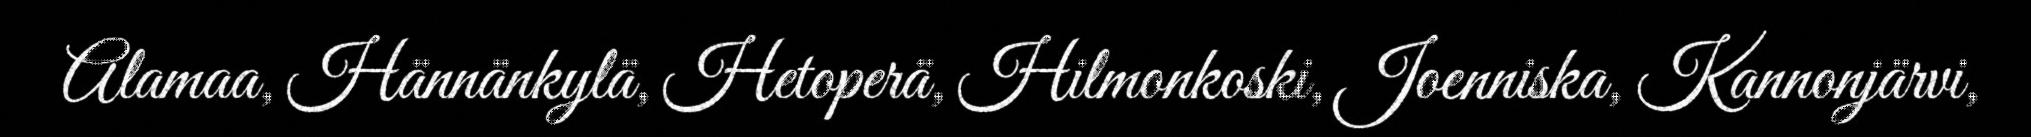
Alamaa, Hännänkylä, Hetoperä, Hilmonkoski, Joenniska, Kannonjärvi,